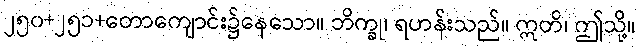
၂၅၀+၂၅၁+တောကျောင်း၌နေသော။ ဘိက္ခု၊ ရဟန်းသည်။ ဣတိ၊ ဤသို့။